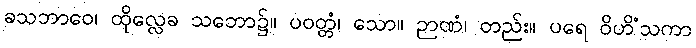
ခသဘာဝေ၊ ထိုလ္လေခ သဘော၌။ ပဝတ္တံ၊ သော။ ဉာဏံ၊ တည်း။ ပရေ ဝိဟိံသကာ